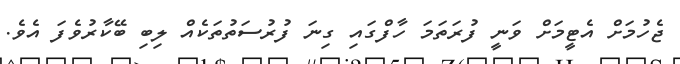
ޖެހުމަށް އެޓީމަށް ވަނީ ފުރަތަމަ ހާފްގައި ގިނަ ފުރުސަތުތަކެއް ލިބި ބޭކާރުވެފަ އެވެ.